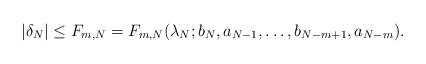
\begin{align*} |\delta_N| \le F_{m,N} = F_{m,N}(\lambda_N;b_N,a_{N-1},\dots,b_{N-m+1},a_{N-m}). \end{align*}